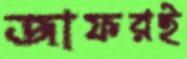
জাফরই